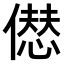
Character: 𠎝